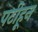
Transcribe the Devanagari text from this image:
पटीहून